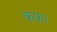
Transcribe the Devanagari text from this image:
कफ़।